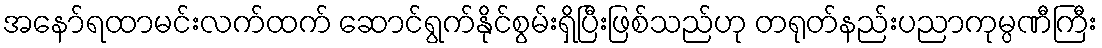
အနော်ရထာမင်းလက်ထက် ဆောင်ရွက်နိုင်စွမ်းရှိပြီးဖြစ်သည်ဟု တရုတ်နည်းပညာကုမ္ပဏီကြီး